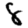
Digit: 8